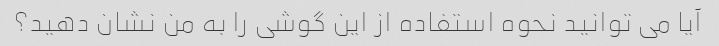
آیا می توانید نحوه استفاده از این گوشی را به من نشان دهید؟